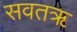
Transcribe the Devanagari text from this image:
सवतॠ